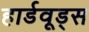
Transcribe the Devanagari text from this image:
हार्डवूड्स